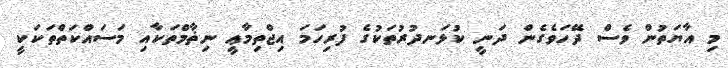
މި އާޔަތުން ވެސް ދޭހަވެގެން ދަނީ ކުޅަނދުރުތަކުގެ ފުރިހަމަ އިޖްތިމާޢީ ނިޡާމްތަކާއި މަސައްކަތްތަކަކީ